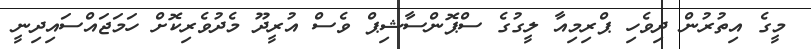
މީގެ އިތުރުން ދިވެހި ޕްރިމިއާ ލީގުގެ ސްޕޮންސާޝިޕް ވެސް އުރީދޫ މެދުވެރިކޮށް ހަމަޖައްސައިދިނީ